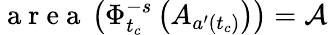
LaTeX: \mathrm{~a~r~e~a~}\left(\Phi_{t_{c}}^{-s}\left(A_{a^{\prime}(t_{c})}\right)\right)=\mathcal{A}